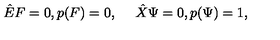
{ \hat { E } } F = 0 , p ( F ) = 0 , \quad \ { \hat { X } } \Psi = 0 , p ( \Psi ) = 1 ,